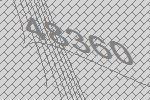
48360